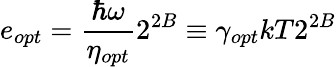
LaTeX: e_{opt}=\frac{\hbar\omega}{\eta_{opt}}2^{2B}\equiv\gamma_{opt}kT2^{2B}